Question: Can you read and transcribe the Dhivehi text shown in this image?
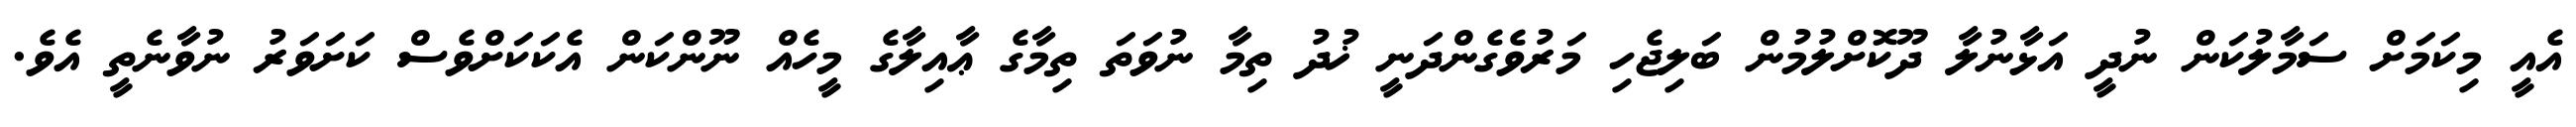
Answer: އެއީ މިކަމަށް ސަމާލުކަން ނުދީ އަޅާނުލާ ދޫކޮށްލުމުން ބަލިޖެހި މަރުވެގެންދަނީ ޚުދު ތިމާ ނުވަތަ ތިމާގެ ޢާއިލާގެ މީހެއް ނޫންކަން އެކަކަށްވެސް ކަށަވަރު ނުވާނެތީ އެވެ.